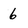
Character: 6